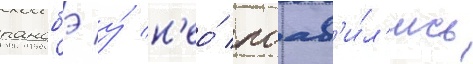
ранобэ у́ н'ео́ поав'и́л'ись